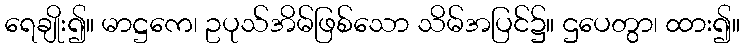
ရေချိုး၍။ မာဋ္ဌကေ၊ ဥပုသ်အိမ်ဖြစ်သော သိမ်အပြင်၌။ ဌပေတွာ၊ ထား၍။